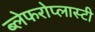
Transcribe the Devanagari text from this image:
ब्लेफरोप्लास्टी